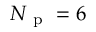
N _ { \mathrm { ~ p ~ } } = 6